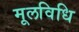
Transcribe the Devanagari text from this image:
मूलविधि